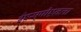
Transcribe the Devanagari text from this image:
ईएस्‌पीएनला